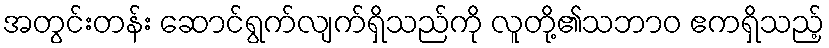
အတွင်းတန်း ဆောင်ရွက်လျက်ရှိသည်ကို လူတို့၏သဘာဝ ဧကရှိသည့်